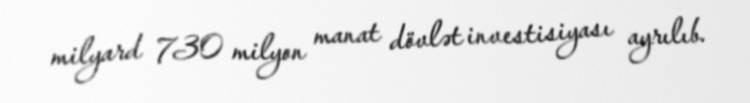
milyard 730 milyon manat dövlət investisiyası ayrılıb.